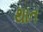
થાત